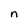
Character: n